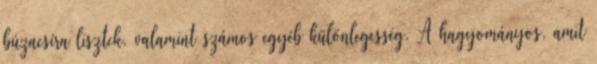
búzacsíra lisztek, valamint számos egyéb különlegesség. A hagyományos, amit